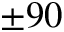
\pm 9 0